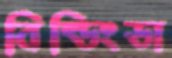
বিল্ডিংডা